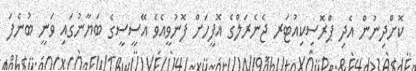
ކޮށްދިނުން އެދި ޕްރޮސިކިއުޓަރ ޖެނެރަލްގެ އޮފީހަށް ފޮނުވީއެވެ އޭސީސީގެ ބަޔާނުގައި ވަނީ ބުނެފަ